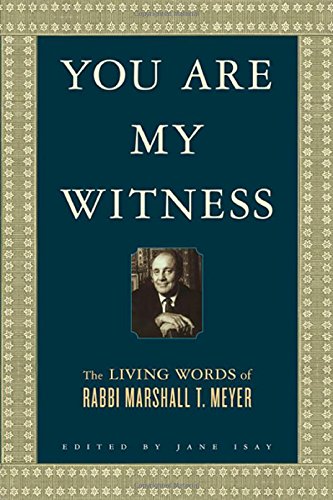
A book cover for You Are My Witness: The Living Words of Rabbi Marshall T. Meyer; Marshall T. Meyer; Religion & Spirituality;